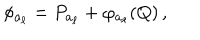
LaTeX: \phi _ { a _ { \ell } } = P _ { a _ { \ell } } + \varphi _ { a _ { \ell } } ( Q ) \, ,